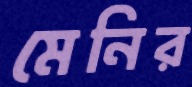
মেনির